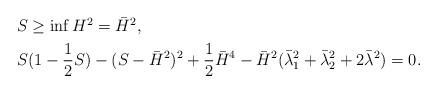
LaTeX: \begin{align*}\begin{aligned}&S\geq \inf H^2= \bar H^2,\\&S(1-\dfrac12S)-(S-\bar H^2)^2+\dfrac12\bar H^4-\bar H^2(\bar \lambda_1^2+\bar\lambda_2^2+2\bar \lambda^2)=0.\end{aligned}\end{align*}